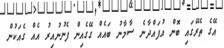
އޭގެ ތެރޭގައި ބޮން އުފައްދާނެ ސާމާނު ބައެއް ގޭގެއިން ފެނުނުއިރު އެއް ގެއަކުން